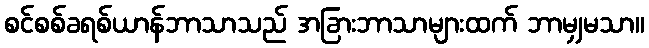
စင်စစ်ခရစ်ယာန်ဘာသာသည် အခြားဘာသာများထက် ဘာမျှမသာ။